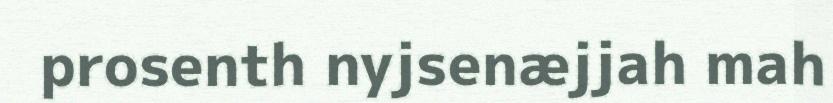
prosenth nyjsenæjjah mah